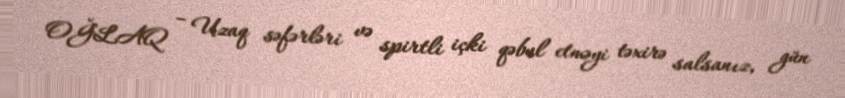
OĞLAQ – Uzaq səfərləri və spirtli içki qəbul etməyi təxirə salsanız, gün